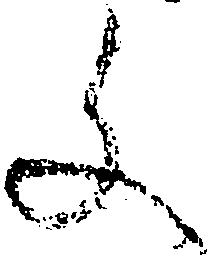
文